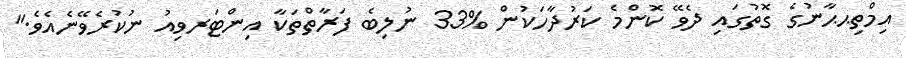
އިމްތިޙޙާނުގެ ގޮތުގައި ދެވޭ ކޮންމެ ކަރުދާހަކުން %33 ނުލިބެ ފަރާތްތަކާ އިންޓަރވިއު ނުކުރެވޭނެއެވެ."